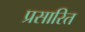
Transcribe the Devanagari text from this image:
प्रसारित